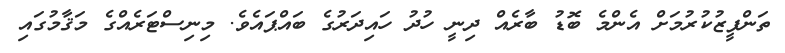
ތަންފީޒުކުރުމަށް އެންމެ ބޮޑު ބާރެއް ދިނީ ހުދު ހައިދަރުގެ ބައްޕައެވެ. މިނިސްޓަރެއްގެ މަޤާމުގައި